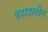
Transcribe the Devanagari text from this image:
वऱ्हाडातील